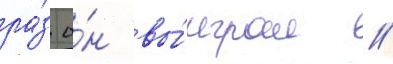
ра́з о́н вы́играл //